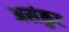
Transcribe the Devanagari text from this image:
असंकुट